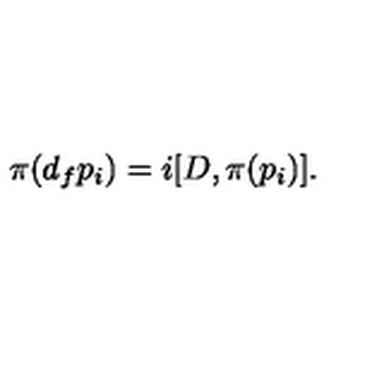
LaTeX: \pi ( d _ { f } p _ { i } ) = i [ D , \pi ( p _ { i } ) ] .